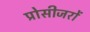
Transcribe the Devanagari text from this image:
प्रोसीजरों